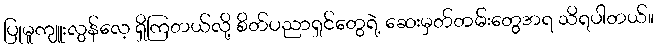
ပြုမူကျူးလွန်လေ့ ရှိကြတယ်လို့ စိတ်ပညာရှင်တွေရဲ့ ဆေးမှတ်တမ်းတွေအရ သိရပါတယ်။